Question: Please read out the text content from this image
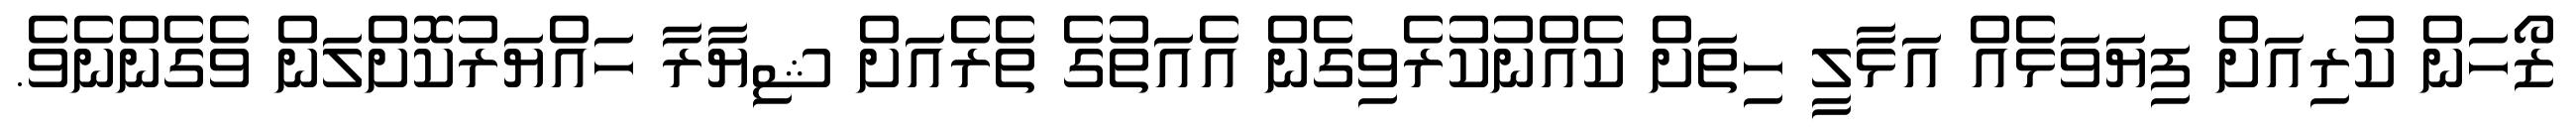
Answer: ޒޯހަން ކުރިއަށް ފިޔަވަޅެއް އަޅާލީ ހިތަށް ކެއްނުކުރެވިގެން އެއަތުގެ ތެރެއަށް ޝިޔާރާ ހައްޔަރުކޮށްލަން ވެގެންނެވެ.